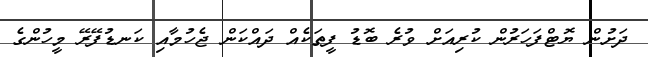
ދަށުން ޔޮޓްފަހަރުން ކުރިއަށް ވުރެ ބޮޑު ފީތަކެއް ދައްކަން ޖެހުމާއި ކަނޑުފޭރޭ މީހުންގެ